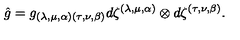
\hat { g } = g _ { ( \lambda , \mu , \alpha ) ( \tau , \nu , \beta ) } d \zeta ^ { ( \lambda , \mu , \alpha ) } \otimes d \zeta ^ { ( \tau , \nu , \beta ) } .